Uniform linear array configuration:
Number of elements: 48
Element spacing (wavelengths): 1
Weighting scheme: uniform
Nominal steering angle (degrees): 15
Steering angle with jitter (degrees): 15.895
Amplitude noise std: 0.05
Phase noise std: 0.05

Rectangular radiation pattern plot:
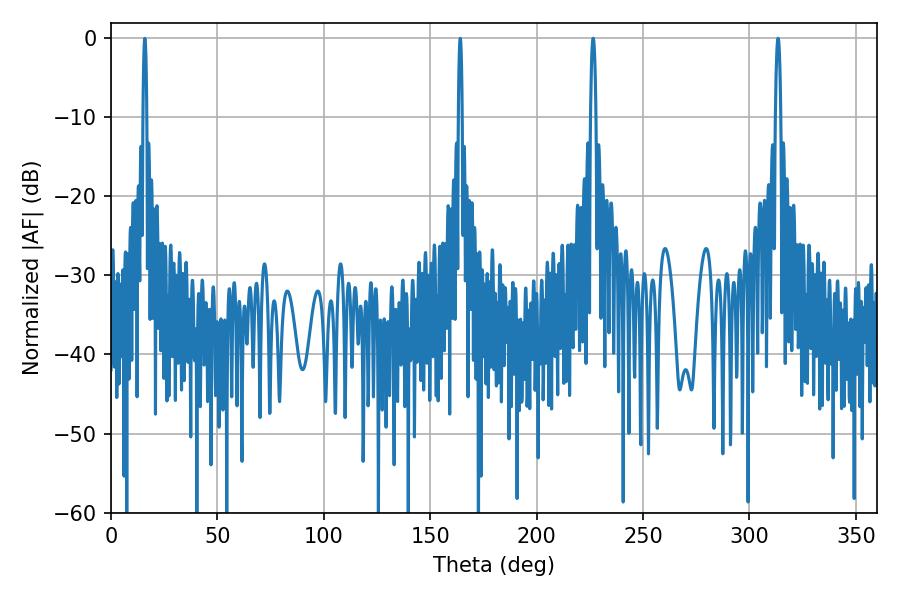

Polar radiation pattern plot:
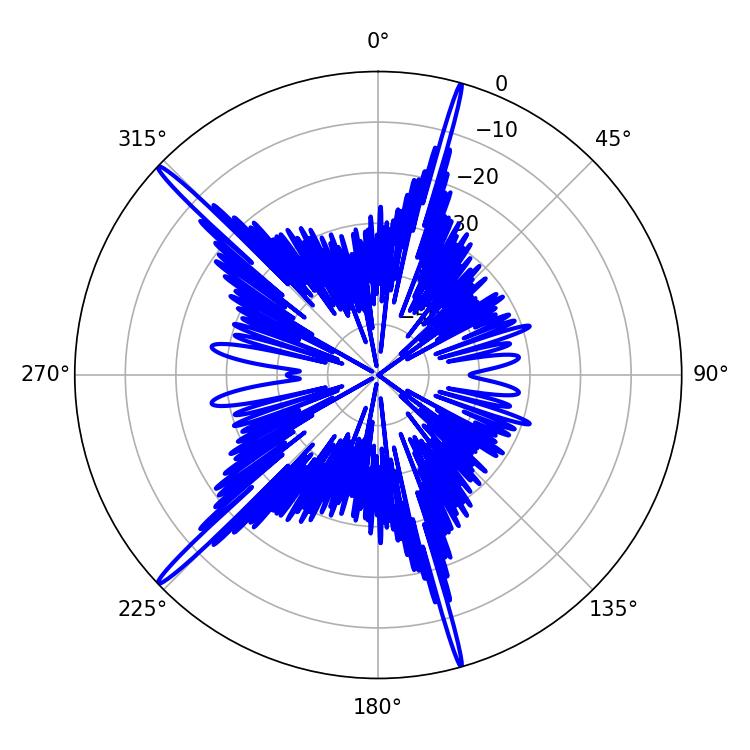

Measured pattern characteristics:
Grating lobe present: TRUE
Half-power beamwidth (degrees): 1.26
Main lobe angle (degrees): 313.38